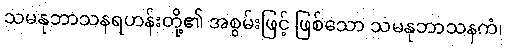
သမနုဘာသနရဟန်းတို့၏ အစွမ်းဖြင့် ဖြစ်သော သမနုဘာသနကံ၊